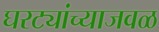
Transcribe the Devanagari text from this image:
घरट्यांच्याजवळ